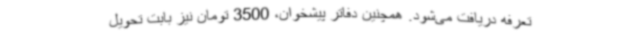
تعرفه دریافت می‌شود. همچنین دفاتر پیشخوان، 3500 تومان نیز بابت تحویل